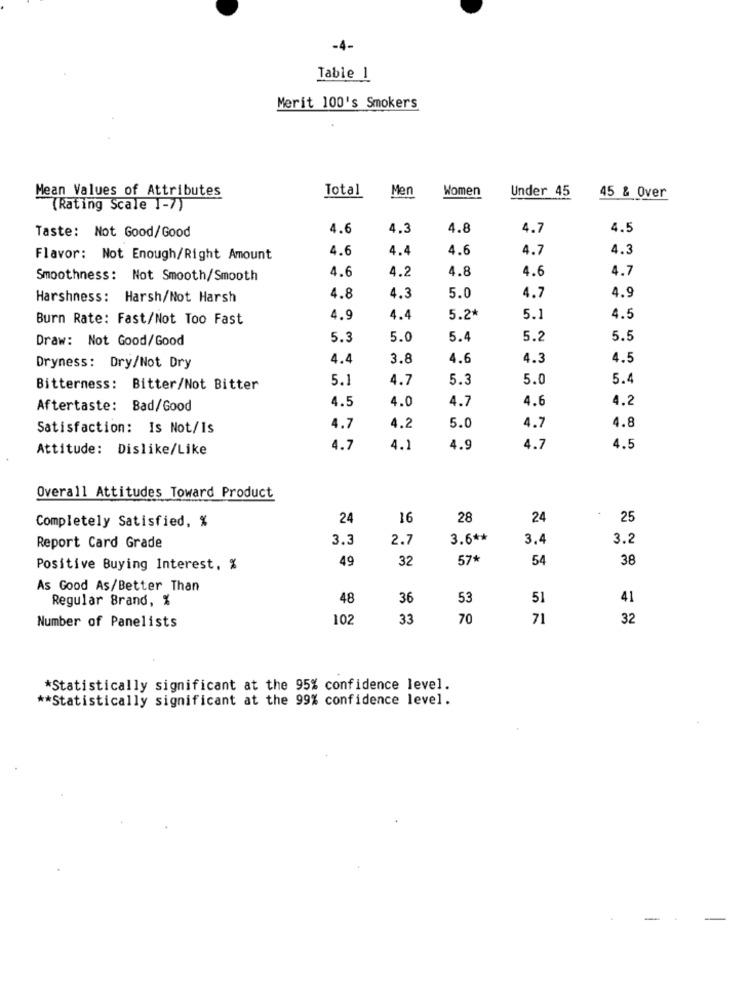
-4-
Table 1
Merit 100's Smokers
Mean Values of Attributes
Total
Men
Women
Under 45
45 & Over
(Rating Scale 1-7)
Taste: Not Good/Good
4.6
4.3
4.8
4.7
4.5
4.6
4.4
4.6
4.7
4.3
Flavor: Not Enough/Right Amount
4.6
4.2
4.8
4.6
4.7
Smoothness: Not Smooth/Smooth
Harshness: Harsh/Not Harsh
4.8
4.3
5.0
4.7
4.9
Burn Rate: Fast/Not Too Fast
4.9
4.4
5.24
5.1
4.5
Draw: Not Good/Good
5.3
5.0
5.4
5.2
5.5
Dryness: Dry/Not Dry
4.4
3.8
1.6
4.3
4.5
5.1
4.7
5.3
5.0
5.4
Bitterness: Bitter/Not Bitter
4.5
4.7
4.6
4.2
Aftertaste: Bad/Good
4.0
4.8
Satisfaction: Is Not/Is
4.7
4.2
5.0
4.7
Attitude: Dislike/Like
4.7
4.1
4.9
4.7
4.5
Overall Attitudes Toward Product
Completely Satisfied, %
24
16
28
24
25
3.3
2.7
3.6 **
3.4
3.2
Report Card Grade
49
32
57*
54
38
Positive Buying Interest, %
As Good As/Better Than
Regular Brand, %
48
36
53
51
41
Number of Panelists
102
33
70
71
32
*Statistically significant at the 95% confidence level.
** Statistically significant at the 99% confidence level.